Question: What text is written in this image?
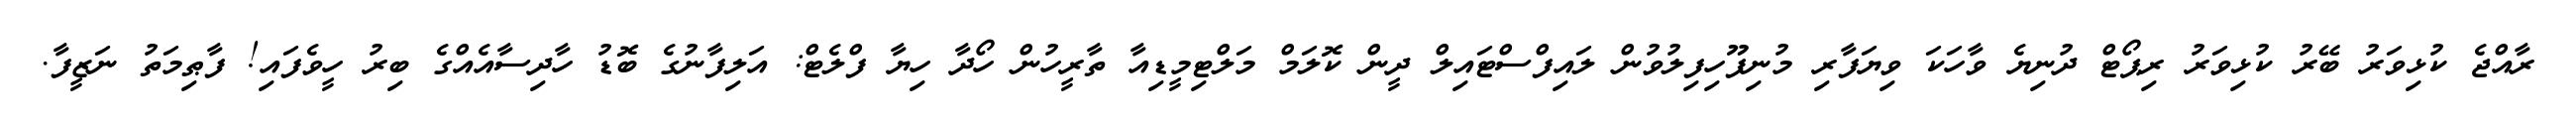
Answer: ރާއްޖެ ކުޅިވަރު ބޭރު ކުޅިވަރު ރިޕޯޓް ދުނިޔެ ވާހަކަ ވިޔަފާރި މުނިފޫހިފިލުވުން ލައިފްސްޓައިލް ދީން ކޮލަމް މަލްޓިމީޑިއާ ތާރީހުން ހޯދާ ހިޔާ ފްލެޓް: އަލިފާނުގެ ބޮޑު ހާދިސާއެއްގެ ބިރު ހީވެފައި! ފާޠިމަތު ނަޒީފާ.